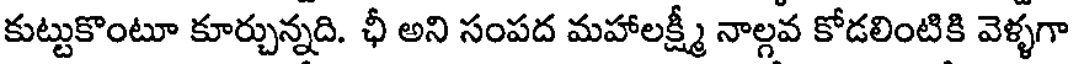
కుట్టుకొంటూ కూర్చున్నది. ఛీ అని సంపద మహాలక్ష్మీ నాల్గవ కోడలింటికి వెళ్ళగా